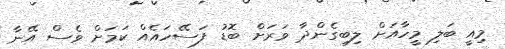
މިއީ ބަލި މީހާއަށް ލިބިގެންދާ ވަަރަށް ބޮޑު ފަސޭހައެއް ކަމަށް ވެސް އޭނާ